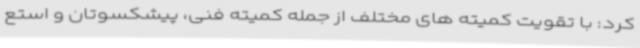
کرد: با تقویت کمیته های مختلف از جمله کمیته فنی، پیشکسوتان و استع